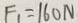
F _ { 1 } = 1 6 0 N